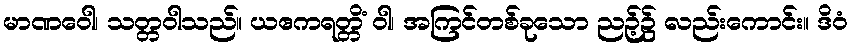
မာဏဝေါ၊ သတ္တဝါသည်။ ယဧကရတ္တိံ ဝါ၊ အကြင်တစ်ခုသော ညဉ့်၌ လည်းကောင်း။ ဒိဝံ